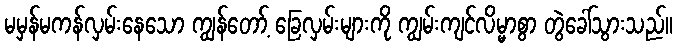
မမှန်မကန်လှမ်းနေသော ကျွန်တော့် ခြေလှမ်းများကို ကျွမ်းကျင်လိမ္မာစွာ တွဲခေါ်သွားသည်။